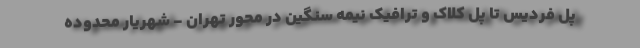
پل فردیس تا پل کلاک و ترافیک نیمه سنگین در محور تهران - شهریار محدوده